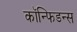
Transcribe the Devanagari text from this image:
कॉन्फिडन्स